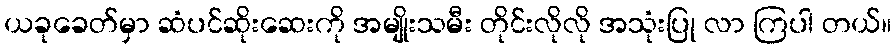
ယခုခေတ်မှာ ဆံပင်ဆိုးဆေးကို အမျိုးသမီး တိုင်းလိုလို အသုံးပြု လာ ကြပါ တယ်။